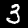
Digit: 3